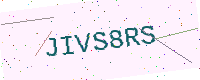
Text: JIVS8RS